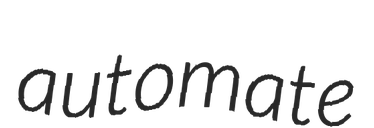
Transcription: automate